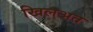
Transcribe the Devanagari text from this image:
खिलअत